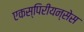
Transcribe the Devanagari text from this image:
एकस्पिरीयन्सेस